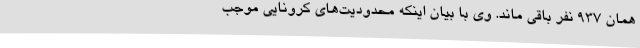
همان 937 نفر باقی ماند. وی با بیان اینکه محدودیت‌های کرونایی موجب